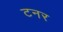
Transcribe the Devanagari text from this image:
टनर